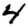
Digit: 4